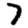
Digit: 7